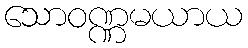
သောဝဏ္ဏမယာယ